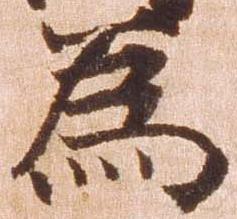
為